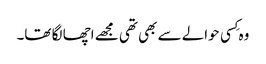
وہ کِسی حوالے سے بھی تھی مجھے اچھا لگا تھا۔